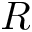
\boldsymbol { R }